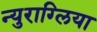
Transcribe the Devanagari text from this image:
न्युराग्लिया